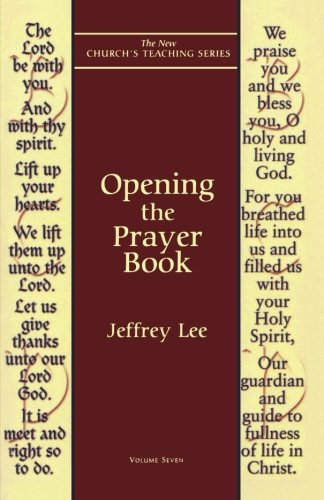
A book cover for Opening the Prayer Book (New Church's Teaching Series); Jeffrey Lee; Christian Books & Bibles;